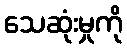
သေဆုံးမှုကို